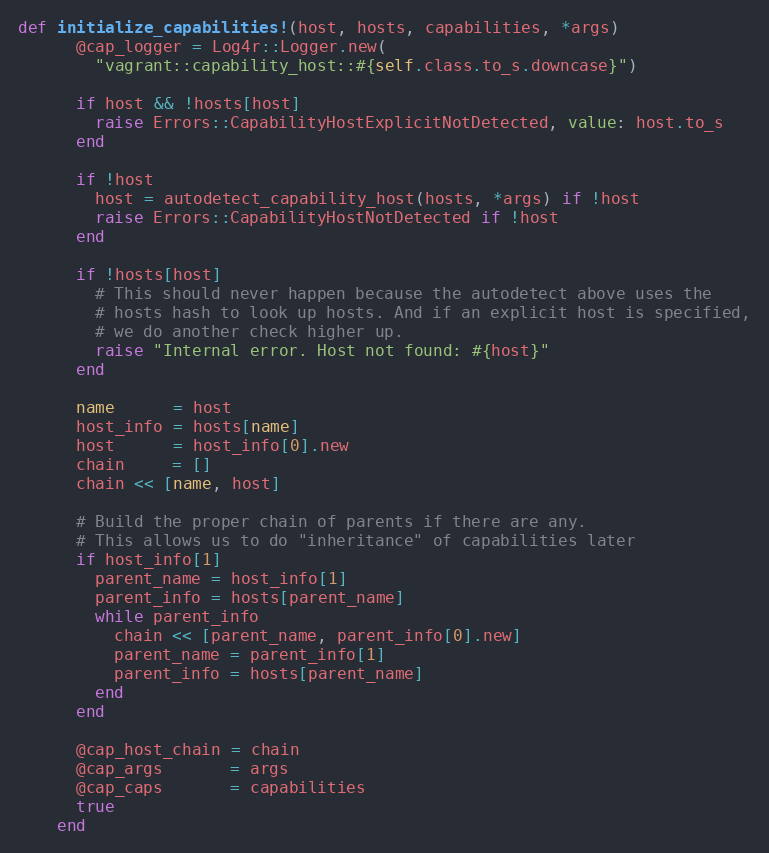
Language: Ruby
def initialize_capabilities!(host, hosts, capabilities, *args)
      @cap_logger = Log4r::Logger.new(
        "vagrant::capability_host::#{self.class.to_s.downcase}")

      if host && !hosts[host]
        raise Errors::CapabilityHostExplicitNotDetected, value: host.to_s
      end

      if !host
        host = autodetect_capability_host(hosts, *args) if !host
        raise Errors::CapabilityHostNotDetected if !host
      end

      if !hosts[host]
        # This should never happen because the autodetect above uses the
        # hosts hash to look up hosts. And if an explicit host is specified,
        # we do another check higher up.
        raise "Internal error. Host not found: #{host}"
      end

      name      = host
      host_info = hosts[name]
      host      = host_info[0].new
      chain     = []
      chain << [name, host]

      # Build the proper chain of parents if there are any.
      # This allows us to do "inheritance" of capabilities later
      if host_info[1]
        parent_name = host_info[1]
        parent_info = hosts[parent_name]
        while parent_info
          chain << [parent_name, parent_info[0].new]
          parent_name = parent_info[1]
          parent_info = hosts[parent_name]
        end
      end

      @cap_host_chain = chain
      @cap_args       = args
      @cap_caps       = capabilities
      true
    end